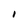
Character: I